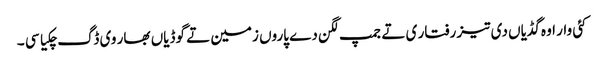
کئی وار اوہ گڈیاں دی تیز رفتار ی تے جمپ لگن دے پاروں زمین تے گوڈیاں بھار وی ڈگ چکیا سی ۔